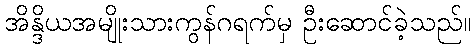
အိန္ဒိယအမျိုးသားကွန်ဂရက်မှ ဦးဆောင်ခဲ့သည်။